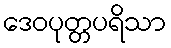
ဒေဝပုတ္တပရိသာ